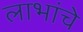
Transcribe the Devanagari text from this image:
लाभांचे